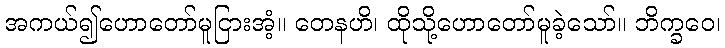
အကယ်၍ဟောတော်မူငြားအံ့။ တေနဟိ၊ ထိုသို့ဟောတော်မူခဲ့သော်။ ဘိက္ခဝေ၊